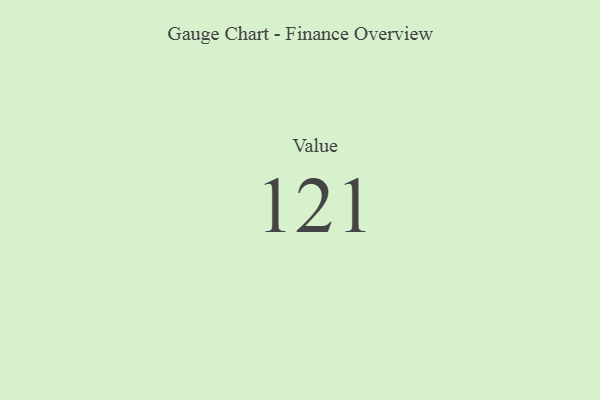
{"axis": {"x": "Metric", "y": "Value"}, "legend": [""], "data": [{"x": "Value", "y": 121, "type": ""}]}